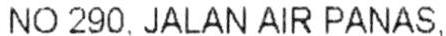
NO 290, JALAN AIR PANAS,